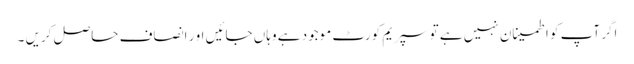
اگر آپ کو اطمینان نہیں ہے تو سپریم کورٹ موجود ہے وہاں جائیں او ر انصاف حاصل کریں ۔